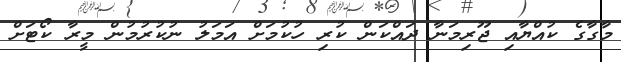
މާގާގެ ކުއްޔާއި ޖޫރިމަނާ ދައްކަން ކުރި ހުކުމަށް އަމަލު ނުކުރުމުން މީރާ ކޯޓަށް